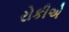
રોકીએ